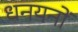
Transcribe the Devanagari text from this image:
धनयनों